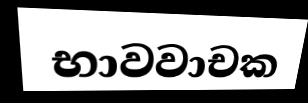
භාවවාචක